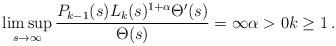
LaTeX: \begin{align*}\limsup_{s\to\infty}\frac{P_{k-1}(s)L_k(s)^{1+\alpha} \Theta'(s)}{\Theta(s)} = \infty\alpha>0k\ge1\,.\end{align*}